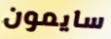
سايمون